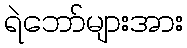
ရဲဘော်များအား